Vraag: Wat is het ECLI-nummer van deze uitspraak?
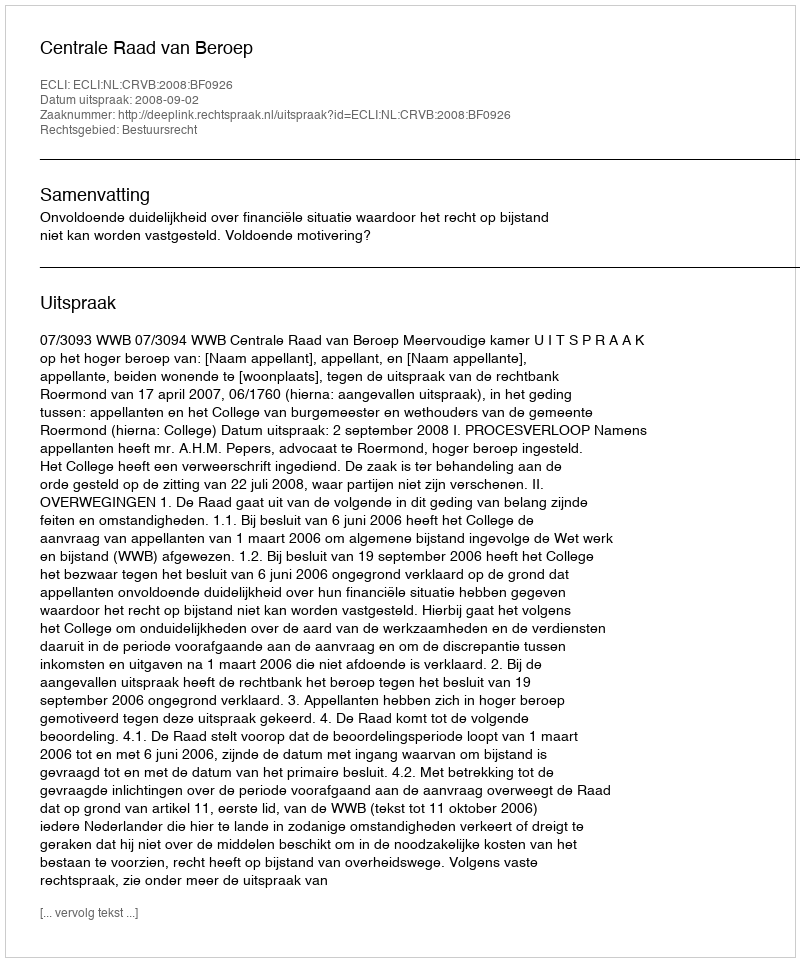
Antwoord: ECLI:NL:CRVB:2008:BF0926